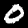
Label: 0